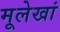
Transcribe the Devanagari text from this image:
मूलेखां